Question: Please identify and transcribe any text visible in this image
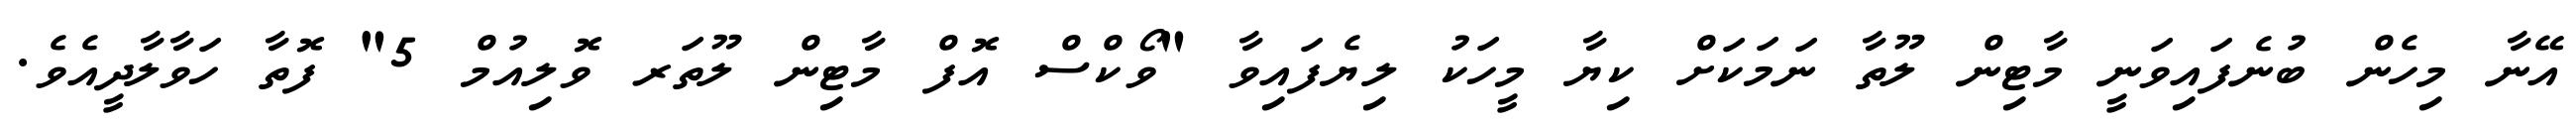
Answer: އޭނާ މިހެން ބުނެފައިވަނީ މާޓިން ލޫތާ ނަމަކަށް ކިޔާ މީހަކު ލިޔެފައިވާ "ވޯކްސް އޮފް މާޓިން ލޫތަރ ވޮލިއުމް 5" ފޮތާ ހަވާލާދީއެވެ.